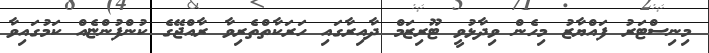
މިނިސްޓަރު ފައްޔާޒު މިހެން ވިދާޅުވީ ޓޫރިޒަމް ދާއިރާގައި ހަރަކާތްތެރިވާ ރާއްޖޭގެ ކުންފުންޏެއް ކަމުގައިވާ